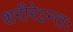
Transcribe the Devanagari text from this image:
शरीरेऽन्तः